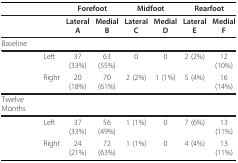
<table><thead><tr><td></td><td></td><td colspan="2"><b>Forefoot</b></td><td colspan="2"><b>Midfoot</b></td><td colspan="2"><b>Rearfoot</b></td></tr></thead><tbody><tr><td></td><td></td><td><b>Lateral</b><b>A</b></td><td><b>Medial</b><b>B</b></td><td><b>Lateral</b><b>C</b></td><td><b>Medial</b><b>D</b></td><td><b>Lateral</b><b>E</b></td><td><b>Medial</b><b>F</b></td></tr><tr><td>Baseline</td><td></td><td></td><td></td><td></td><td></td><td></td><td></td></tr><tr><td></td><td>Left</td><td>37 (33%)</td><td>63 (55%)</td><td>0</td><td>0</td><td>2 (2%)</td><td>12 (10%)</td></tr><tr><td></td><td>Right</td><td>20 (18%)</td><td>70 (61%)</td><td>2 (2%)</td><td>1 (1%)</td><td>5 (4%)</td><td>16 (14%)</td></tr><tr><td>Twelve Months</td><td></td><td></td><td></td><td></td><td></td><td></td><td></td></tr><tr><td></td><td>Left</td><td>37 (33%)</td><td>56 (49%)</td><td>1 (1%)</td><td>0</td><td>7 (6%)</td><td>13 (11%)</td></tr><tr><td></td><td>Right</td><td>24 (21%)</td><td>72 (63%)</td><td>1 (1%)</td><td>0</td><td>4 (4%)</td><td>13 (11%)</td></tr></tbody></table>